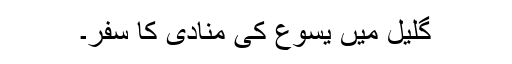
گلیل میں یسوع کی منادی کا سفر۔